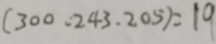
( 3 0 0 . 2 4 3 . 2 0 5 ) = 1 9